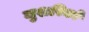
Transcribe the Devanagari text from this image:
मुशरिकों